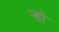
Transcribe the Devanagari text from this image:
ऱ्हो